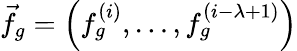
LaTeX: {\vec{f}_{g}=\left(f_{g}^{(i)},\dots,f_{g}^{(i-\lambda+1)}\right)}